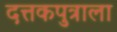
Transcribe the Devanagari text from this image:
दत्तकपुत्राला